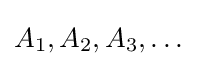
A_{1},A_{2},A_{3},\dots